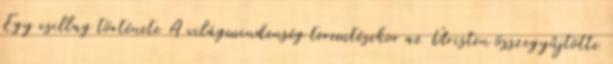
Egy csillag története A világmindenség teremtésekor az Úristen összegyűjtötte